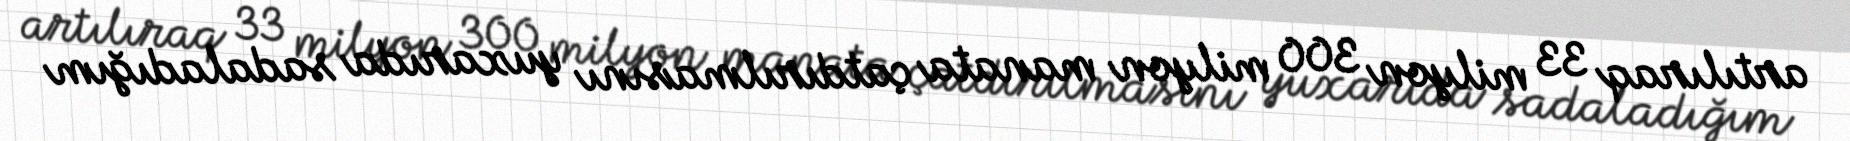
artılıraq 33 milyon 300 milyon manata çatdırılmasını yuxarıda sadaladığım